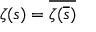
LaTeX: \zeta ( s ) = { \overline { { \zeta ( { \overline { { s } } } ) } } }